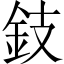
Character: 鈘